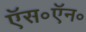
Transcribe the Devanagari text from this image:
ऍस॰ऍन॰